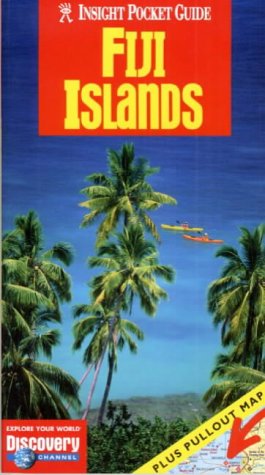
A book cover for Fiji Insight Pocket Guide; Travel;